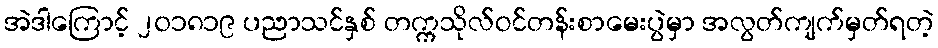
အဲဒါကြောင့် ၂၀၁၈၁၉ ပညာသင်နှစ် တက္ကသိုလ်ဝင်တန်းစာမေးပွဲမှာ အလွတ်ကျက်မှတ်ရတဲ့